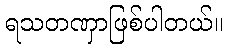
ရသတဏှာဖြစ်ပါတယ်။